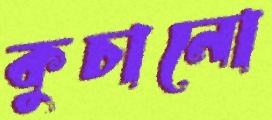
কুচানো